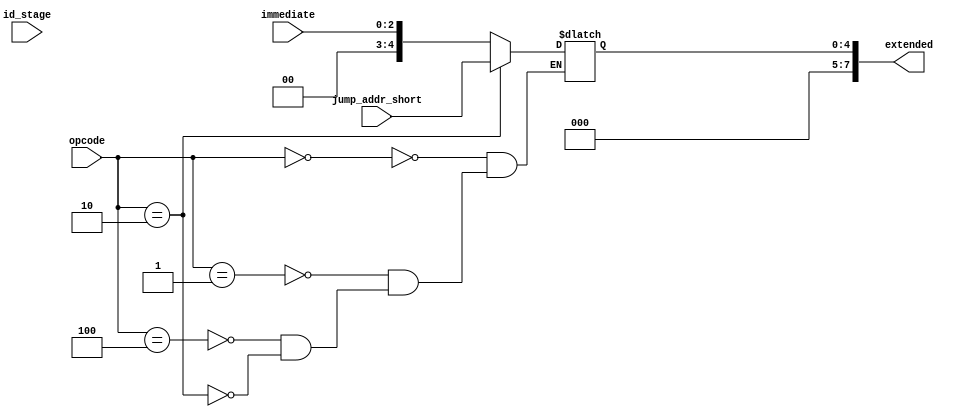
`timescale 1ns / 1ps

module sign_extend_all(
    input id_stage,
    input [2:0] opcode,
    input [2:0] immediate,
    input [4:0] jump_addr_short,
    output [7:0] extended
    );
    
    reg [7:0] extended_temp;
    
    initial
    begin
        extended_temp = 8'd0;
    end
    
    always @(id_stage)
    begin
        case(opcode)
            3'b000: begin/* lw */ 
                        extended_temp = { 5'b0, immediate };
                    end
            3'b001: begin/* sw */ 
                        extended_temp = { 5'b0, immediate };
                    end
            3'b100: begin/* addi */ 
                        extended_temp = { 5'b0, immediate };
                    end
            3'b010: begin /* jump */
                        extended_temp = { 3'b0, jump_addr_short };
                    end
        endcase
        
    end
    assign extended = extended_temp;
endmodule